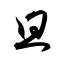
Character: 且